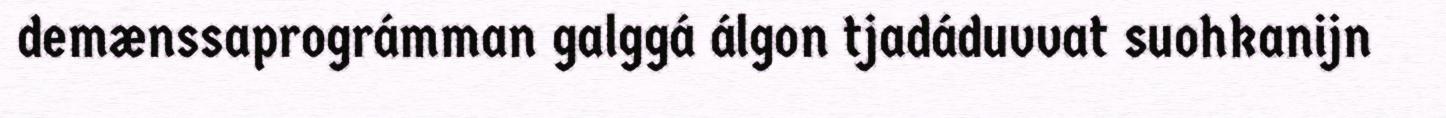
demænssaprográmman galggá álgon tjadáduvvat suohkanijn